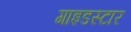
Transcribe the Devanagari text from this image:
गाइडस्टार